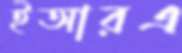
ইআরএ